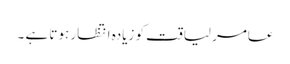
عامر لیاقت کو زیادہ انتظار ہوتا ہے ۔